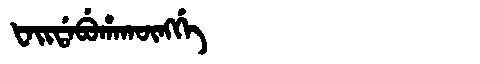
Manchu: ᡶᠠᡳᡩᠠᠪᡠᡥᠠᡴᡡᠩᡤᡝ
Romanization: FAIDABUHAKŪNGGE